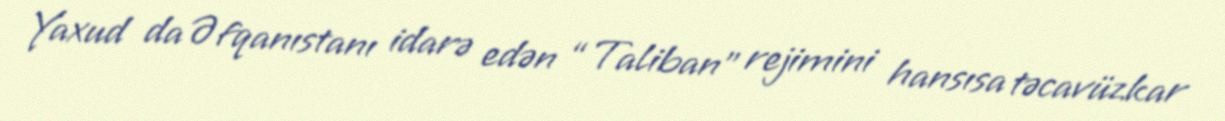
Yaxud da Əfqanıstanı idarə edən “Taliban” rejimini hansısa təcavüzkar